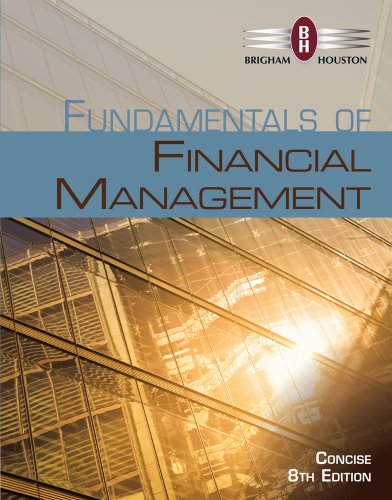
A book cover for Fundamentals of Financial Management, Concise Edition (with Thomson ONE - Business School Edition, 1 term (6 months) Printed Access Card) (Finance Titles in the Brigham Family); Eugene F. Brigham; Business & Money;